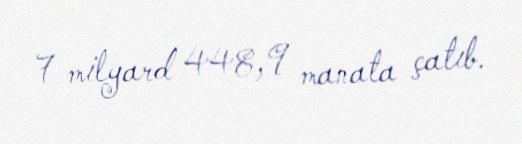
7 milyard 448,9 manata çatıb.